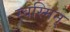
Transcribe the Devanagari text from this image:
स्वस्मिन्